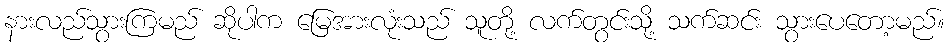
နားလည်သွားကြမည် ဆိုပါက မြေအားလုံးသည် သူတို့ လက်တွင်းသို့ သက်ဆင်း သွားပေတော့မည်။